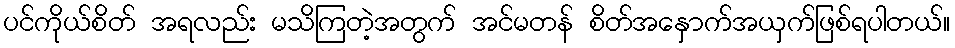
ပင်ကိုယ်စိတ် အရလည်း မသိကြတဲ့အတွက် အင်မတန် စိတ်အနှောက်အယှက်ဖြစ်ရပါတယ်။